Indian journal of veterinary science and animal husbandry - Volumes 15-17, 1948-1951
Year: 1948
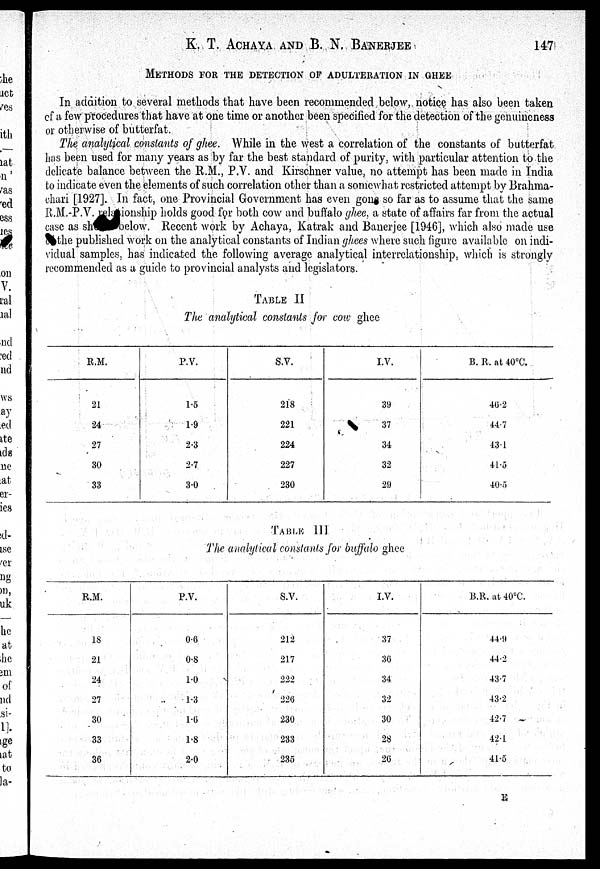
K. T. ACHAYA AND B. N.
BANERJEE
147
METHODS FOR THE DETECTION OF ADULTERATION IN GHEE
In addition to several methods that have been recommended below, notice has also been taken
of a few procedures that have at one time or another been specified for the detection of the genuineness
or otherwise of butterfat.
The analytical constants of ghee. While in the west a correlation of the constants of butterfat
has been used for many years as by far the best standard of purity, with particular attention to the
delicate balance between the R.M., P.V. and Kirschner value, no attempt has been made in India
to indicate even the elements of such correlation other than a somewhat restricted attempt by Brahma-
chari [1927]. In fact, one Provincial Government has even gone so far as to assume that the same
R.M.-P.V. relationship holds good for both cow and buffalo ghee. a state of affairs far from the actual
case as shown below. Recent work by Achaya, Katrak and Banerjee [1946], which also made use
the published work on the analytical constants of Indian ghees where such figure available on indi-
vidual samples, has indicated the following average analytical interrelationship, which is strongly
recommended as a guide to provincial analysts and legislators.
TABLE II
The analytical constants for cow ghee
R.M.
21
24
27
30
33
P.V.
1.5
1.9
2.3
2.7
3.0
S.V.
218
221
224
227
230
I.V.
39
37
34
32
29
B.R.at40°C.
46.2
44.7
43.1
41.5
40.5
TABLE III
The analytical constants for baffalo ghee
R.M.
18
21
24
27
30
33
36
P.V.
0.6
0.8
1.0
1.3
1.6
1.8
2.0
S.V.
212
217
222
226
230
233
235
I.V.
37
36
34
32
30
28
26
B.R.at40°C.
44.9
44.2
43.7
43.2
42.7
42.1
41.5
E